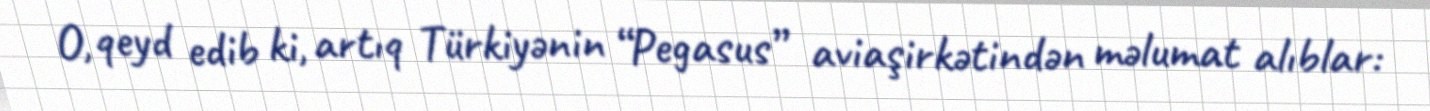
O, qeyd edib ki, artıq Türkiyənin “Pegasus” aviaşirkətindən məlumat alıblar: